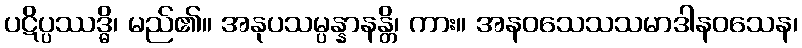
ပဋိပ္ပဿဒ္ဓိ၊ မည်၏။ အနုပသမ္ပန္နာနန္တိ၊ ကား။ အနဝသေသသမာဒါနဝသေန၊